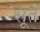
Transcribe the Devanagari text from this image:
सूतें